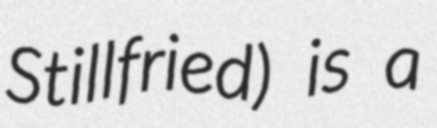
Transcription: Stillfried) is a